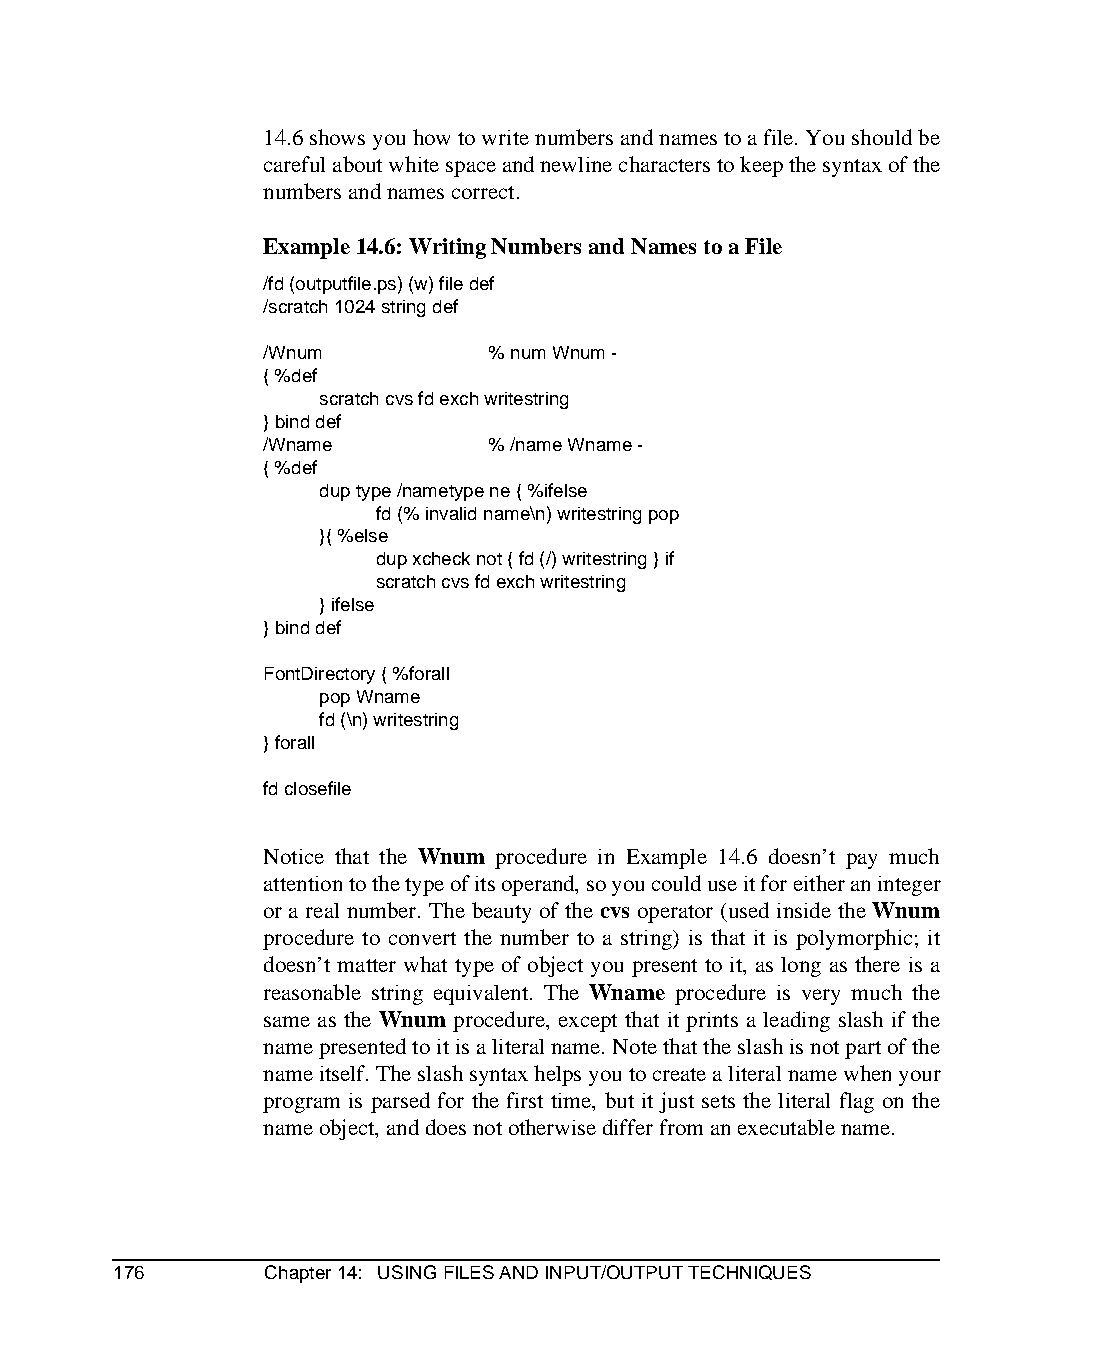
14.6 shows you how to write numbers and names to a file. You should be
 careful about white space and newline characters to keep the syntax of the
 numbers and names correct.
 Example 14.6: Writing Numbers and Names to a File
 /fd (outputfile.ps) (w) file def
 /scratch 1024 string def
 /Wnum          % num Wnum -
 { %def
 scratch cvs fd exch writestring
 } bind def
 /Wname         % /name Wname -
 { %def
 dup type /nametype ne { %ifelse
 fd (% invalid name\n) writestring pop
 }{ %else
 dup xcheck not { fd (/) writestring } if
 scratch cvs fd exch writestring
 } ifelse
 } bind def
 FontDirectory { %forall
 pop Wname
 fd (\n) writestring
 } forall
 fd closefile
 Notice that the Wnum procedure in Example 14.6 doesn’t pay much
 attention to the type of its operand, so you could use it for either an integer
 or a real number. The beauty of the cvs operator (used inside the Wnum
 procedure to convert the number to a string) is that it is polymorphic; it
 doesn’t matter what type of object you present to it, as long as there is a
 reasonable string equivalent. The Wname procedure is very much the
 same as the Wnum procedure, except that it prints a leading slash if the
 name presented to it is a literal name. Note that the slash is not part of the
 name itself. The slash syntax helps you to create a literal name when your
 program is parsed for the first time, but it just sets the literal flag on the
 name object, and does not otherwise differ from an executable name.
 176       Chapter 14: USING FILES AND INPUT/OUTPUT TECHNIQUES